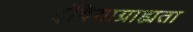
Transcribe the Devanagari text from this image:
इंद्रियाग्राह्यता